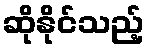
ဆိုနိုင်သည့်